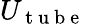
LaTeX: U_{\mathrm{~t~u~b~e~}}